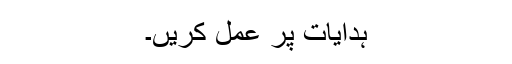
ہدایات پر عمل کریں۔